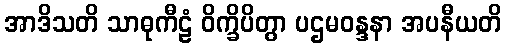
အာဒိသတိ သာဓုကီဠံ ဝိက္ခိပိတွာ ပဌမဝန္ဒနာ အပနီယတိ